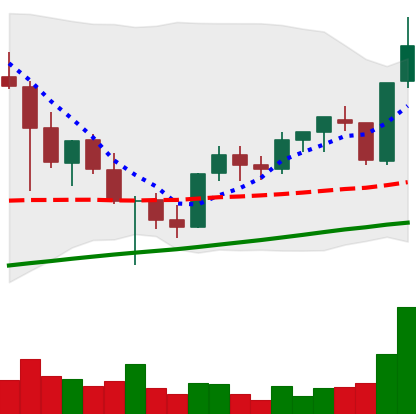
Ticker: XLM-USD
Chart end date: 2021-05-06
Forward return: 12.129%
Label: up_7plus